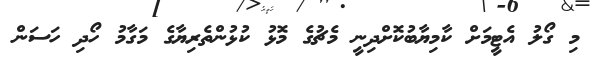
މި ގޯލު އެޓީމަށް ކާމިޔާބުކޮށްދިނީ މެޗުގެ މޮޅު ކުޅުންތެރިޔާގެ މަގާމު ހޯދި ހަސަން